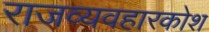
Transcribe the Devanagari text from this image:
राजव्यवहारकोश